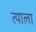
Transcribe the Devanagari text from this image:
त्‍याला